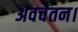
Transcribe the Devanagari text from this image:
अवचेतन।